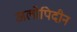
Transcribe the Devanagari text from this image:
अलोपिदीन